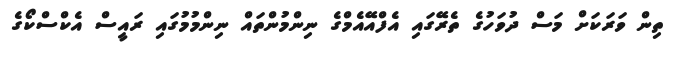
ތިން ވަރަކަށް މަސް ދުވަހުގެ ތެރޭގައި އެފްއޭއެމްގެ ނިންމުންތައް ނިންމުމުގައި ރައީސް އެކްސްކޯގެ